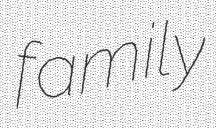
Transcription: family